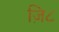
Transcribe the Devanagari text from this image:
ज़ि८